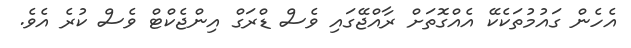
އެހެން ގައުމުތަކެކޭ އެއްގޮތަށް ރާއްޖޭގައި ވެސް ޑްރަގް އިންޖެކްޓް ވެސް ކުރެ އެވެ.